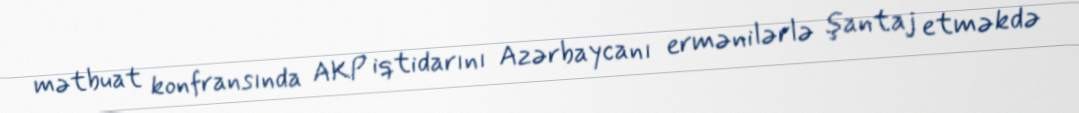
mətbuat konfransında AKP iqtidarını Azərbaycanı ermənilərlə şantaj etməkdə